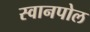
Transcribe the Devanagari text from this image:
स्वानपोल